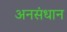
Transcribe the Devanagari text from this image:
अनसंधान